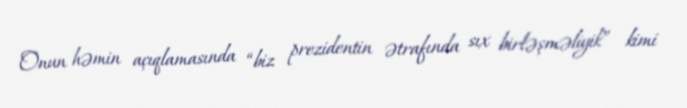
Onun həmin açıqlamasında “biz prezidentin ətrafında sıx birləşməliyik” kimi